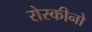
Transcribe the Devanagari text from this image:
रोस्कीनो